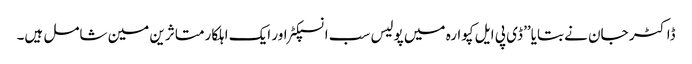
ڈاکٹر جان نے بتایا’’ ڈی پی ایل کپوارہ میں پولیس سب انسپکٹر اور ایک اہلکار متاثرین مین شامل ہیں۔